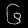
Digit: ၆